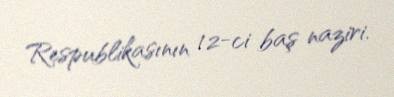
Respublikasının 12-ci baş naziri.